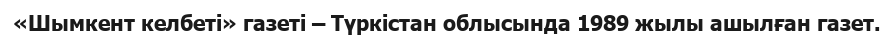
«Шымкент келбеті» газеті – Түркістан облысында 1989 жылы ашылған газет.